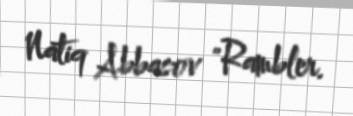
Natiq Abbasov "Rambler.